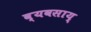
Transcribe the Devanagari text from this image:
व्यवसाय्